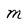
Character: M